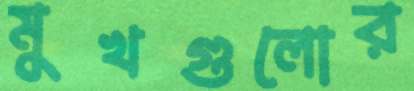
মুখগুলোর